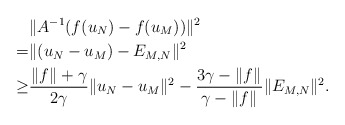
\begin{align*}&\|A^{-1}(f(u_N)-f(u_M))\|^2 \\= & \|(u_N-u_M)-E_{M,N}\|^2 \\\geq & \frac{\|f\|_{}+\gamma}{2\gamma}\|u_N-u_M\|^2-\frac{3\gamma-\|f\|_{}}{\gamma-\|f\|_{}}\|E_{M,N}\|^2.\end{align*}